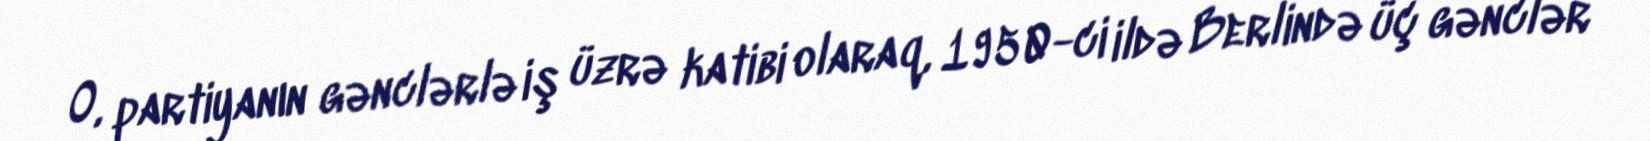
O, partiyanın gənclərlə iş üzrə katibi olaraq, 1950-ci ildə Berlində üç gənclər